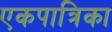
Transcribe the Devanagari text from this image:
एकपात्रिका